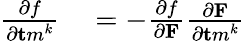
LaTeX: \begin{array}{rl}{{\frac{\partial f}{\partial{\mathbf tm}^{k}}}}&{{}=-{\frac{\partial f}{\partial{\mathbf F}}}{\frac{\partial{\mathbf F}}{\partial{\mathbf tm}^{k}}}}\end{array}